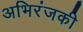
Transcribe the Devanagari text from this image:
अभिरंजकी